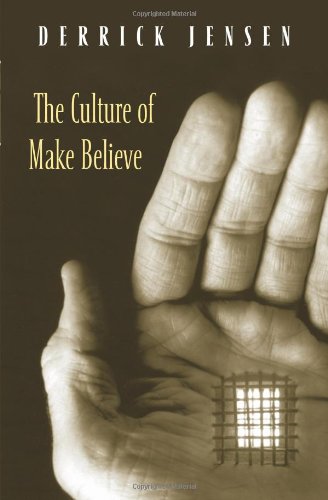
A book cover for The Culture of Make Believe; Derrick Jensen; Politics & Social Sciences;